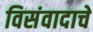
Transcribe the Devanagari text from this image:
विसंवादाचे